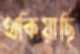
থকিয়াছি